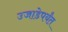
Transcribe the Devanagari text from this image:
उजाडेपर्यंत